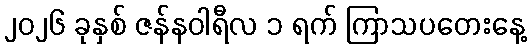
၂၀၂၆ ခုနှစ် ဇန်နဝါရီလ ၁ ရက် ကြာသပတေးနေ့